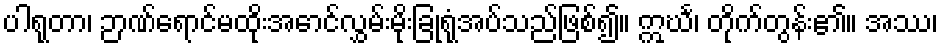
ပါရုတာ၊ ဉာဏ်ရောင်မထိုးအောင်လွှမ်းမိုးခြုံရုံအပ်သည်ဖြစ်၍။ ဣင်္ဃ၊ တိုက်တွန်း၏။ အဿ၊